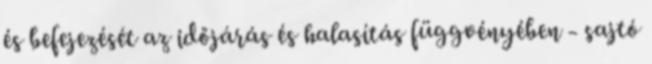
és befejezését az időjárás és halasítás függvényében - sajtó